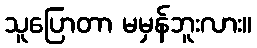
သူပြောတာ မမှန်ဘူးလား။